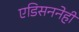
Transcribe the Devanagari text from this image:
एडिसननेही